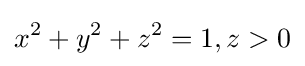
x^{2}+y^{2}+z^{2}=1,z>0